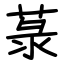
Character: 菉